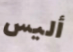
أليس